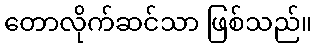
တောလိုက်ဆင်သာ ဖြစ်သည်။